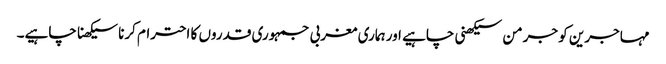
مہاجرین کو جرمن سیکھنی چاہیے اور ہماری مغربی جمہوری قدروں کا احترام کرنا سیکھنا چاہیے۔